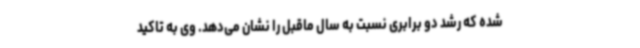
شده که رشد دو برابری نسبت به سال ماقبل را نشان می‌دهد. وی به تاکید